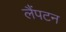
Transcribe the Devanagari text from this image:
लैंपटन